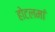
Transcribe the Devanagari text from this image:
होटलमां